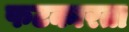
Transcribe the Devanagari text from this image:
फटकारता